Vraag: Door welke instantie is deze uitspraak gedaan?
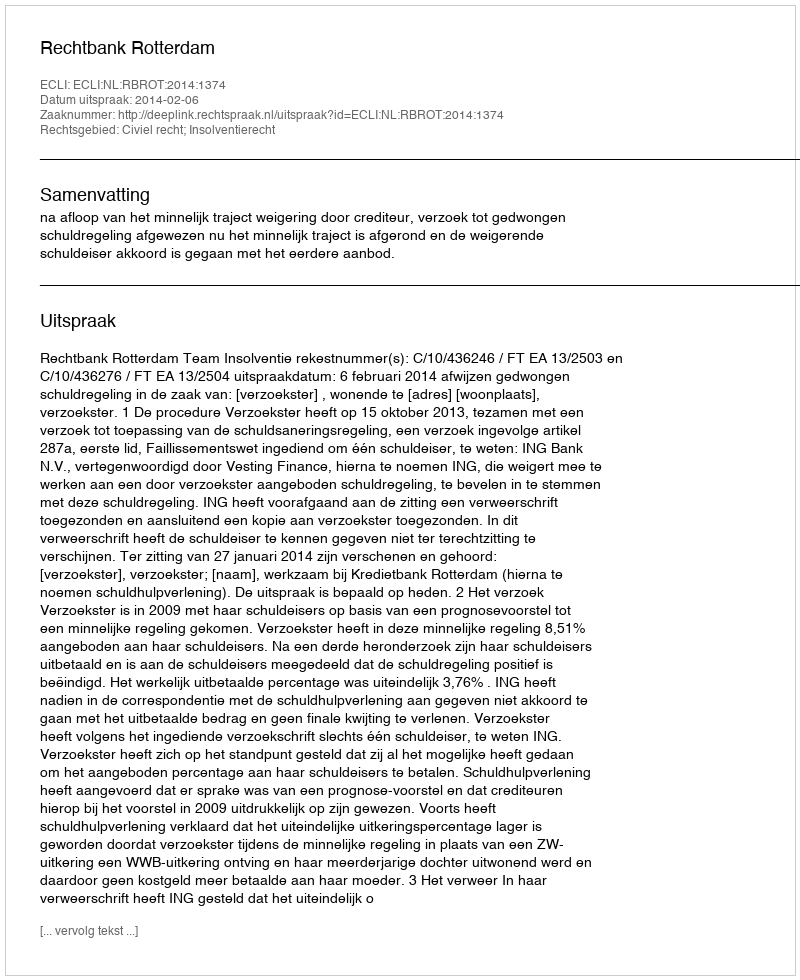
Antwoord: Rechtbank Rotterdam